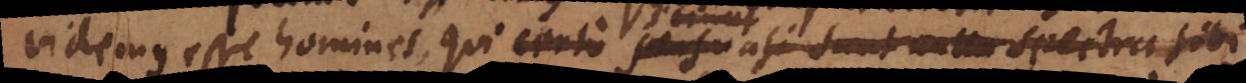
videmus esse homines, qui certo persuasi sunt sciunt nulla spectra sibi